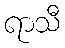
ရာသီ